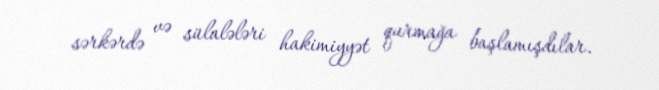
sərkərdə və sülalələri hakimiyyət qurmağa başlamışdılar.